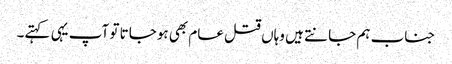
جناب ہم جانتے ہیں وہاں قتل عام بھی ہوجاتا تو آپ یہی کہتے۔